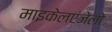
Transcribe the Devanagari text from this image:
माइकेलएंजेलो